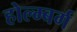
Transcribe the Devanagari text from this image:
होल्म्बर्ग